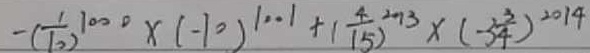
- ( \frac { 1 } { 1 0 } ) ^ { 1 0 0 0 } \times ( - 1 0 ) 1 0 0 1 + ( \frac { 4 } { 1 5 } ) ^ { 2 0 1 3 } \times ( - 3 \frac { 3 } { 4 } ) ^ { 2 0 1 4 }